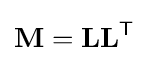
\mathbf {M} =\mathbf {LL} ^{\mathsf {T}}